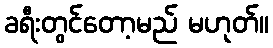
ခရီးတွင်တော့မည် မဟုတ်။